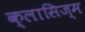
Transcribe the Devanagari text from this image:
क्लासिज्म